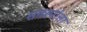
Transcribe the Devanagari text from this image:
सवर्स्यात्ता